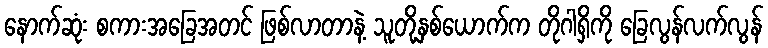
နောက်ဆုံး စကားအခြေအတင် ဖြစ်လာတာနဲ့ သူတို့နှစ်ယောက်က တိုဂါရှိကို ခြေလွန်လက်လွန်